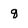
Character: q